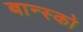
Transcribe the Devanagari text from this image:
बान्स्को